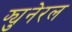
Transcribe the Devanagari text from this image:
फ्युनेरल